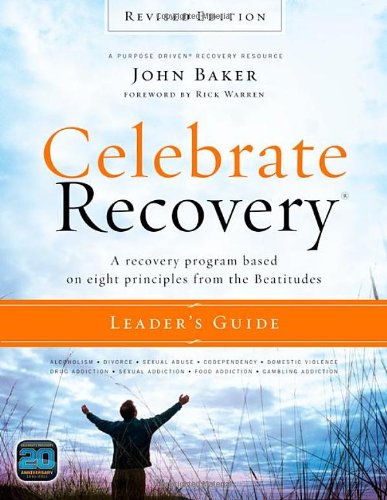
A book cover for Celebrate Recovery Leader's Guide, Revised Edition: A Recovery Program Based on Eight Principles from the Beatitudes; John Baker; Christian Books & Bibles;